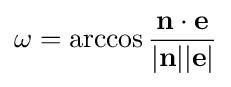
\omega =\arccos {{\mathbf {n} \cdot \mathbf {e} } \over {\mathbf {\left|n\right|} \mathbf {\left|e\right|} }}